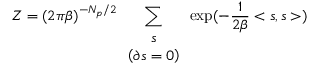
Z = ( 2 \pi \beta ) ^ { - N _ { p } / 2 } \sum _ { \begin{array} { c } { { s } } \\ { { \left( \partial s = 0 \right) } } \end{array} } \exp ( - \frac { 1 } { 2 \beta } < s , s > )